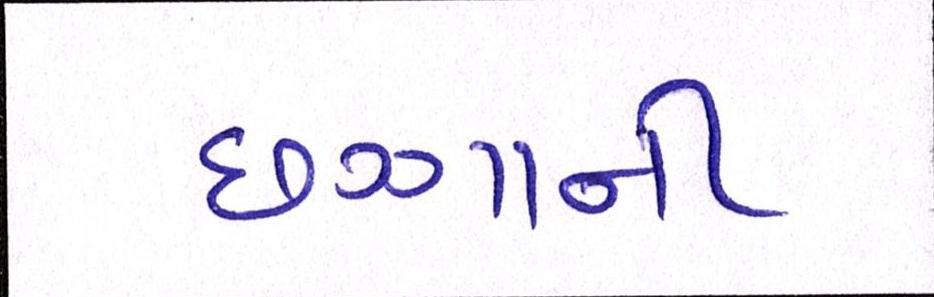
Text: છગ્ગાની